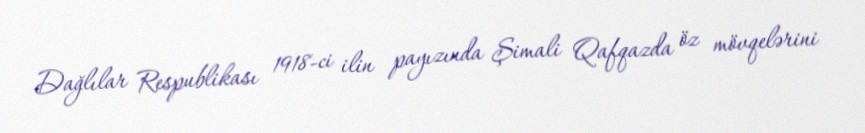
Dağlılar Respublikası 1918-ci ilin payızında Şimali Qafqazda öz mövqelərini